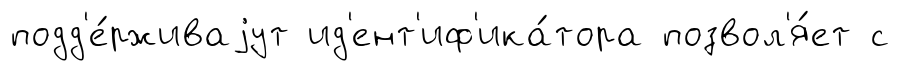
подд'е́рживаjут ид'ент'иф'ика́тора позвол'я́ет с